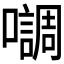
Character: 𭌄